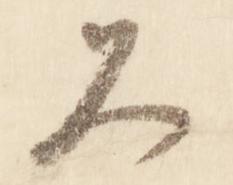
久